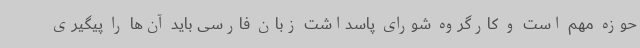
حوزه مهم است و کارگروه شورای پاسداشت زبان فارسی باید آن‌ها را پیگیری